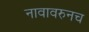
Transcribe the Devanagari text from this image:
नावावरुनच